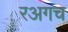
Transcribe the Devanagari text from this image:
रअगच